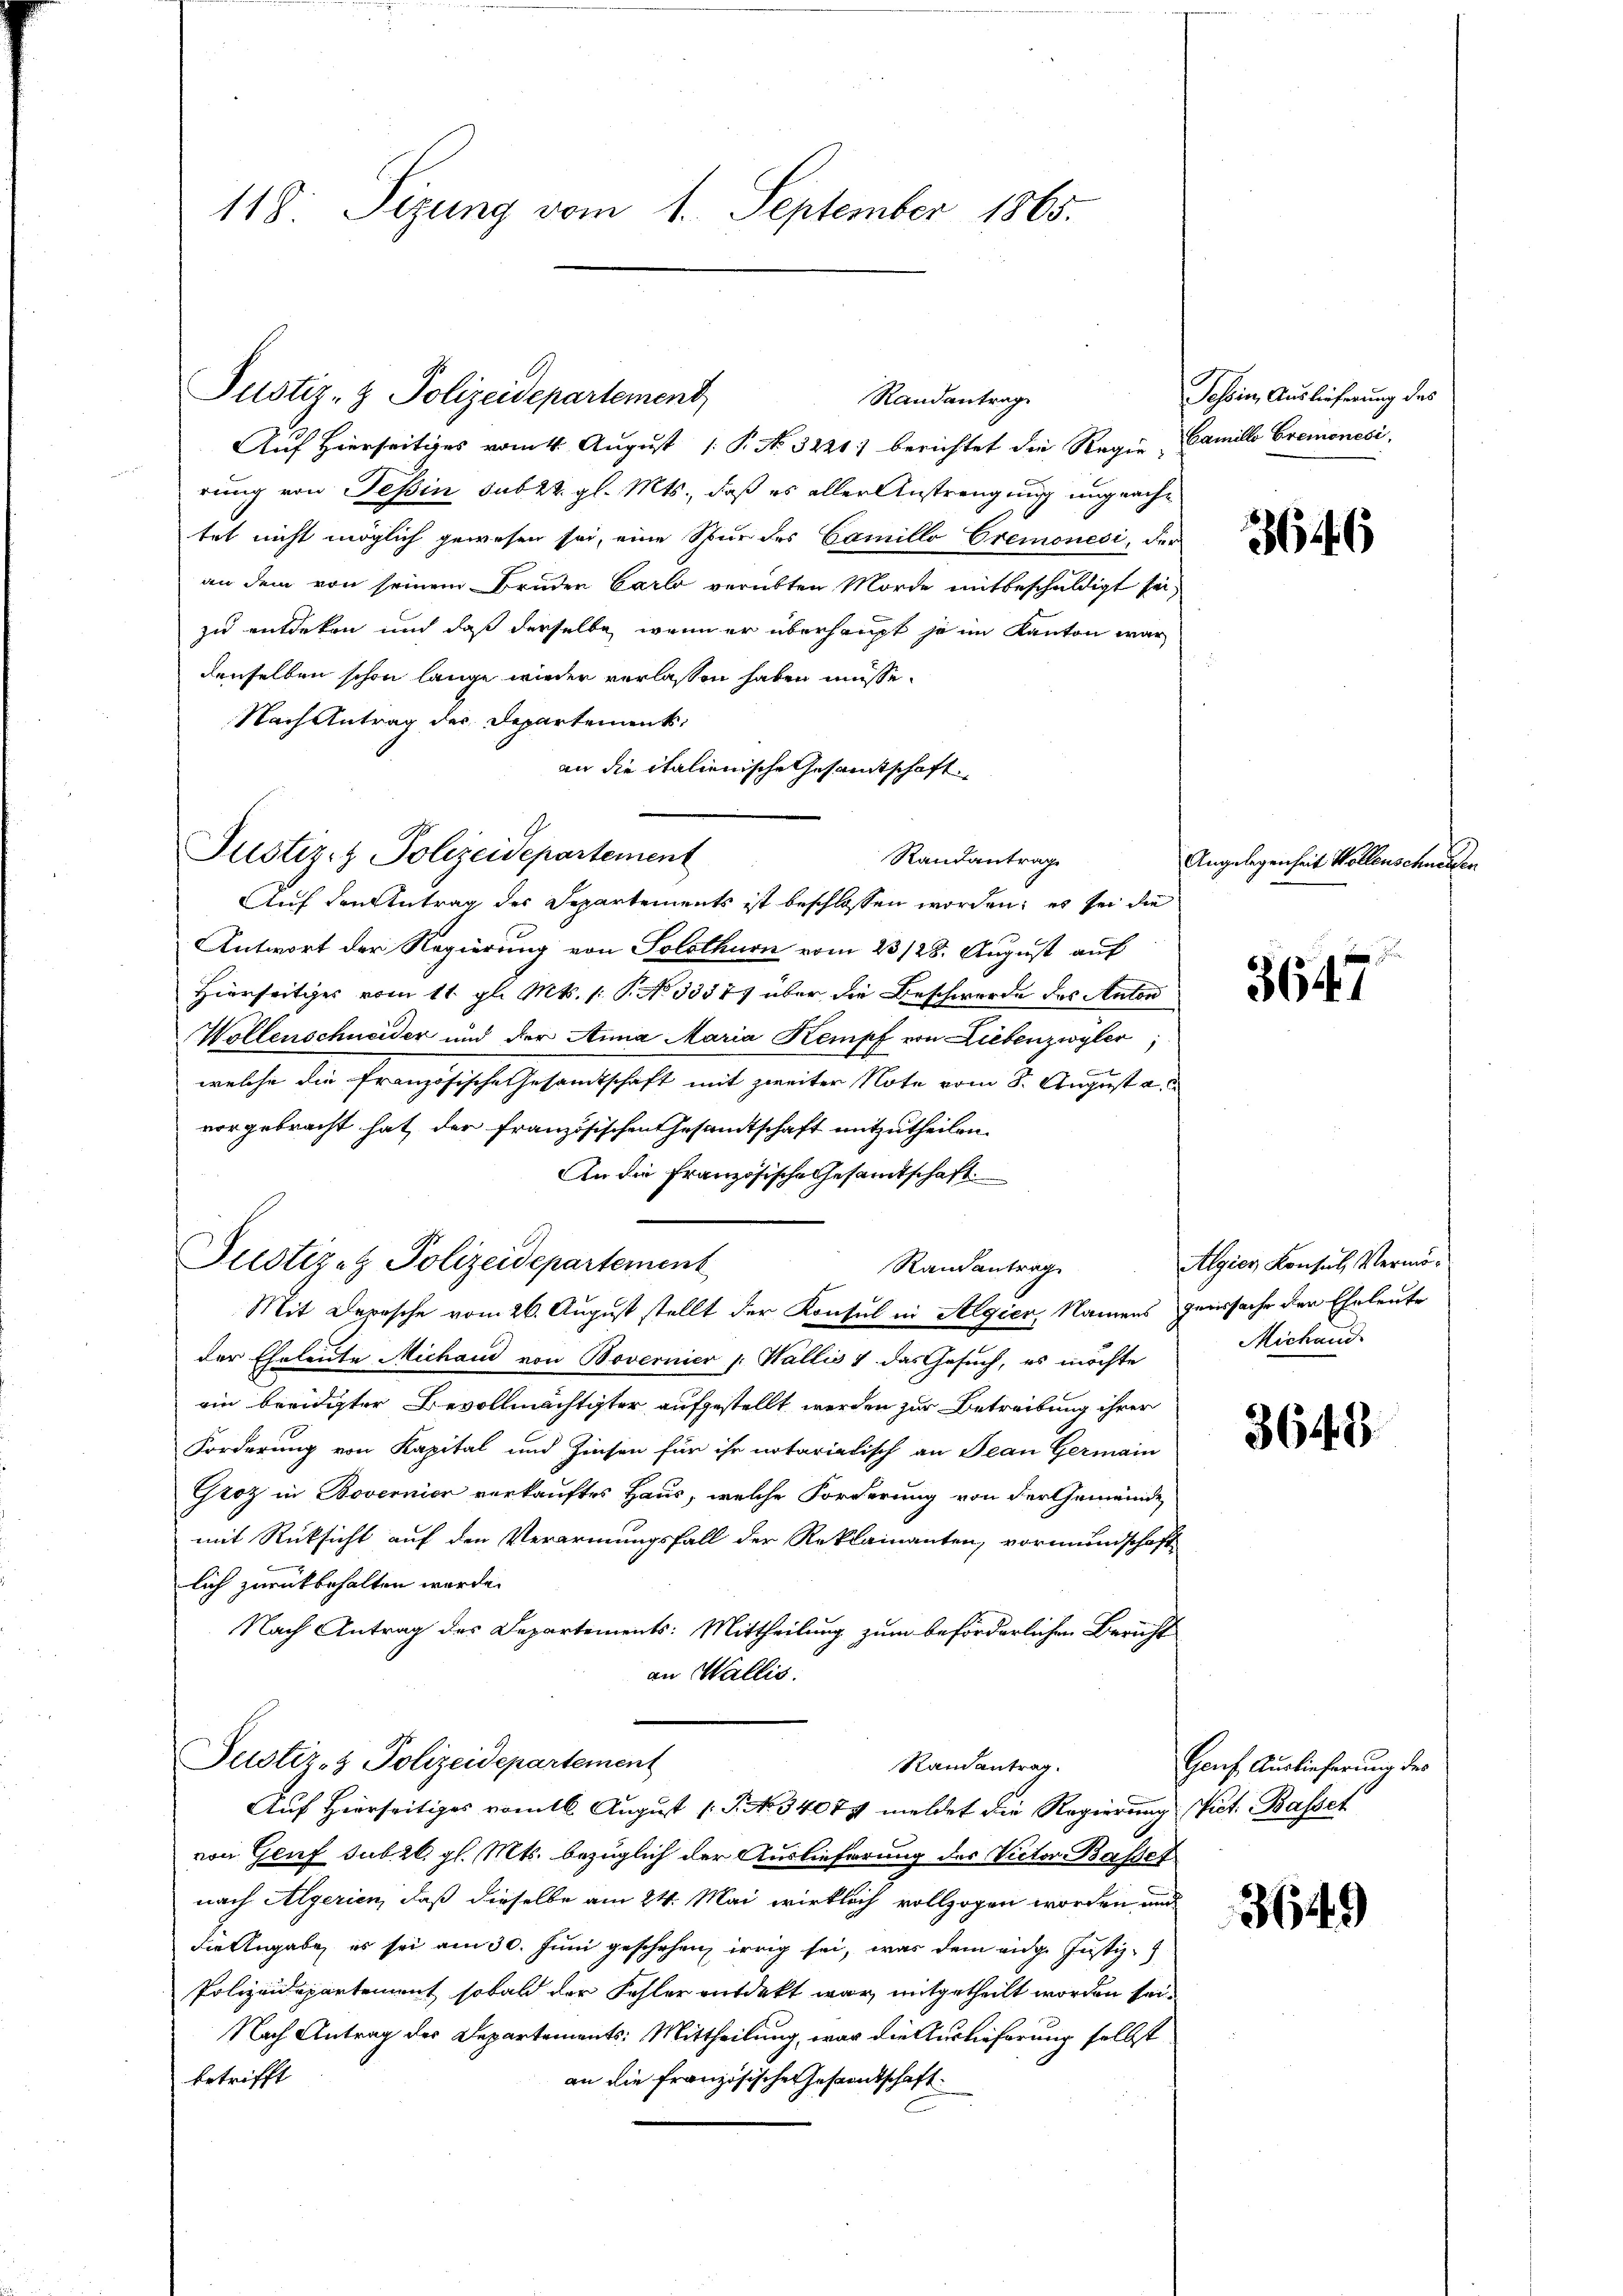
118. Sizung vom 1. September 1865.

Justiz- & Polizeidepartement

Justiz- & Polizeidepartement

Justiz- & Polizeidepartement

Randantrag
Auf Hierseitiges vom 4. August 1 P. No. 3221) berichtet die Regie Camillo Cremonesi
rung von Tessin sub 22. gl. Mts., daß es aller Anstrengung ungeachtet nicht möglich gewesen sei, eine Spur des Camillo Cremonesi, der
an dem von seinem Bruden Carlo verübten Morde mitbeschuldigt sei,
zu entdeken und daß derselbe wenn er überhaupt je im Kanton war
denselben schon lange wieder verlassen haben müsse.
Nach Antrag der Departement,
an die italienische Gesammtschaft
Auf den Antrag des Departements ist beschlossen worden; es sei die
Antwort der Regierung von Solothurn vom 23/28. August auf
Hierseitiges vom 11. gl. Mts. (: P. No 33377 über die Beschwerde des Anton
Wollenschneider und der Anna Maria Kempf von Liebenzwyler
welche die französische Gesamtschaft mit zweiter Note vom 8. August a
vorgebracht hat, der französischen Gesandtschaft mitzutheilen.
An die französische Gesamtschaft
Randantrag
Mit Derische vom 26. August stellt der Konsul in Algier, Namens genssache der Eheleute
der Eheleute Michau von Bovernier : Wallis 1. das Gesuch, es möchte
ein beeidigter Bevollmächtigter aufgestellt werden zur Betreibung ihrer
Forderung von Kapital und Zinsen für ihr notarialisch an Jean Germain
Groz in Bovernier verkauftes Haus, welche Forderung von der Gemeinde
mit Rücksicht auf den Verarmungsfall der Reklamanten, vormundschaft
lich zurückbehalten wurde.
Nach Antrag des Departements: Mittheilung zum beförderlichen Bericht
an Wallis.
Justiz- & Polizeidepartement
Randantrag.
Auf Hierseitiges vom 16. August 1 S. 34074 meldet die Regierung ist. Basset
von Genf sub 26. gl. Mts. bezüglich der Auslieferung des Victor Bassel
nach Algerien, daß dieselbe am 24. Mai wirklich vollzogen worden und
die Angabe es sei am 30. Juni geschehen, irrig sei, was dem eidg. Justiz-
Polizeidepartement sobald der Fehler entdekt war mitgetheilt worden sei.
Nach Antrag der Departements: Mittheilung, war die Auslieferung selbst
betrifft
an die Französischen Gesentschaft

Randantrage

Tessin, Auslieferung des

3646

Angelegenheit Wollenschnenden

5647

Algier Konsul, Vermö¬
Michand

3643

Hauf Auslieferung des

3649